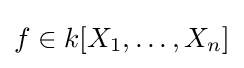
f\in k[X_{1},\dots ,X_{n}]